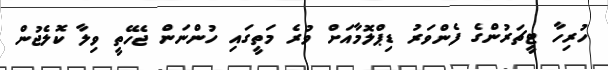
ހުރިހާ ޓީޗަރުންގެ ފެންވަރު ޑިޕްލޮމާއަށް ވުރެ މަތީގައި ހުންނަން ޖެހޭތީ ވިލާ ކޮލެޖުން